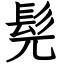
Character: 髡